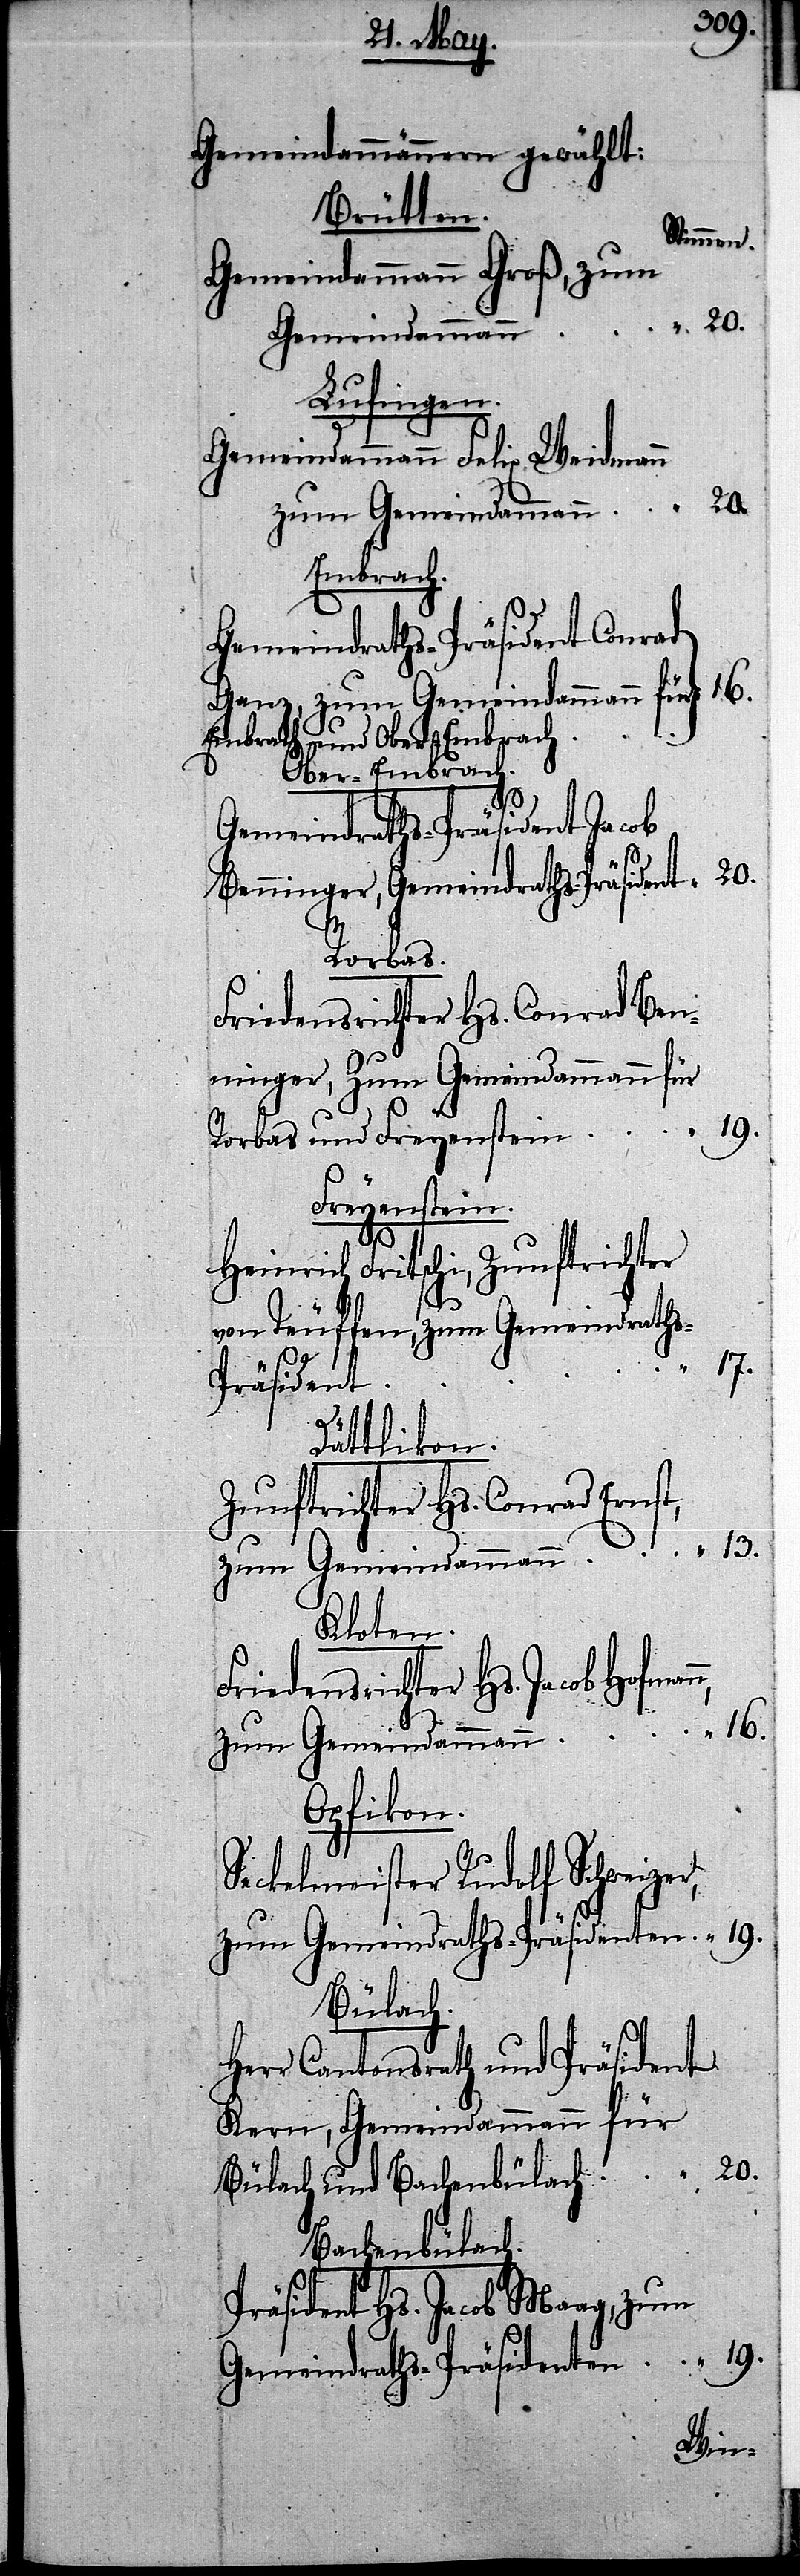
Gemeindammännern gewählt:
Brütten.
Stimmen.
Gemeindammann Groß, z¬
Lufingen.
Gemeindammann Felix Weidmann
Embrach.
Gemeindraths-Präsident Conrad
16.
Ganz, zum Gemeindammann für
Embrach und Ober-Embrach
Ober-Embrach.
20.
Gemeindraths-Präsident Jacob
Benninger, Gemeindraths-Präsident
19.
Rorbas.
Friedensrichter Hs. Conrad Ben¬
ninger, Zum Gemeindammann für
Freyenstein.
Heinrich Fritschi, Zunftrichter
von Teuffen, zum Gemeindrath¬
“ 17.
s-Präsident
Dättlikon.
Zunftrichter Hs. Conrad Ernst,
Kloten.
Friedensrichter Hs. Jacob Hofman¬
zum Gemeindammann
Opfikon.
Seckelmeister Rudolf Schweizer,
Bülach
Herr Cantonsrath und Präsident
Kern, Gemeindammann für
Bachenbülach.
Präsident Hs. Jacob Maag, zum
Gemeindraths-Präsident